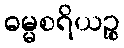
ဓမ္မစရိယဉ္စ